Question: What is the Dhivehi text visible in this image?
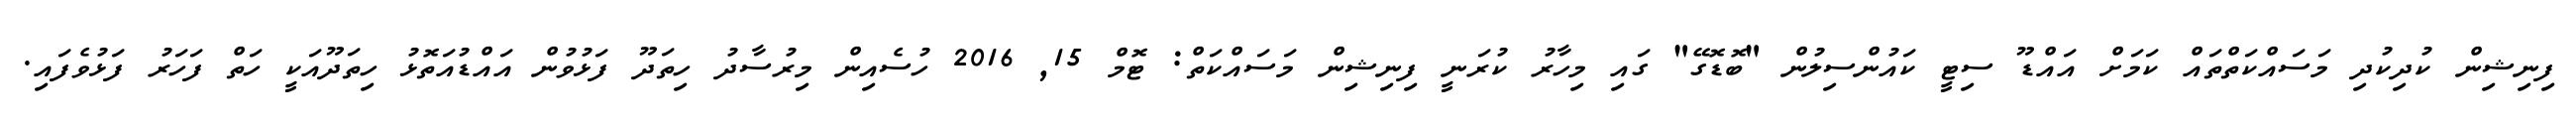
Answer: ފިނިޝިން ކުދިކުދި މަސައްކަތްތައް ކަމަށް އައްޑޫ ސިޓީ ކައުންސިލުން "ބޮޑޮގޭ" ގައި މިހާރު ކުރަނީ ފިނިޝިން މަސައްކަތް: ޓޮމް 15, 2016 ހުސެއިން މިރުސާދު ހިތަދޫ ފަޅުވުން އައްޑުއަތޮޅު ހިތަދޫއަކީ ހަތް ފަހަރު ފަޅުވެފައި.